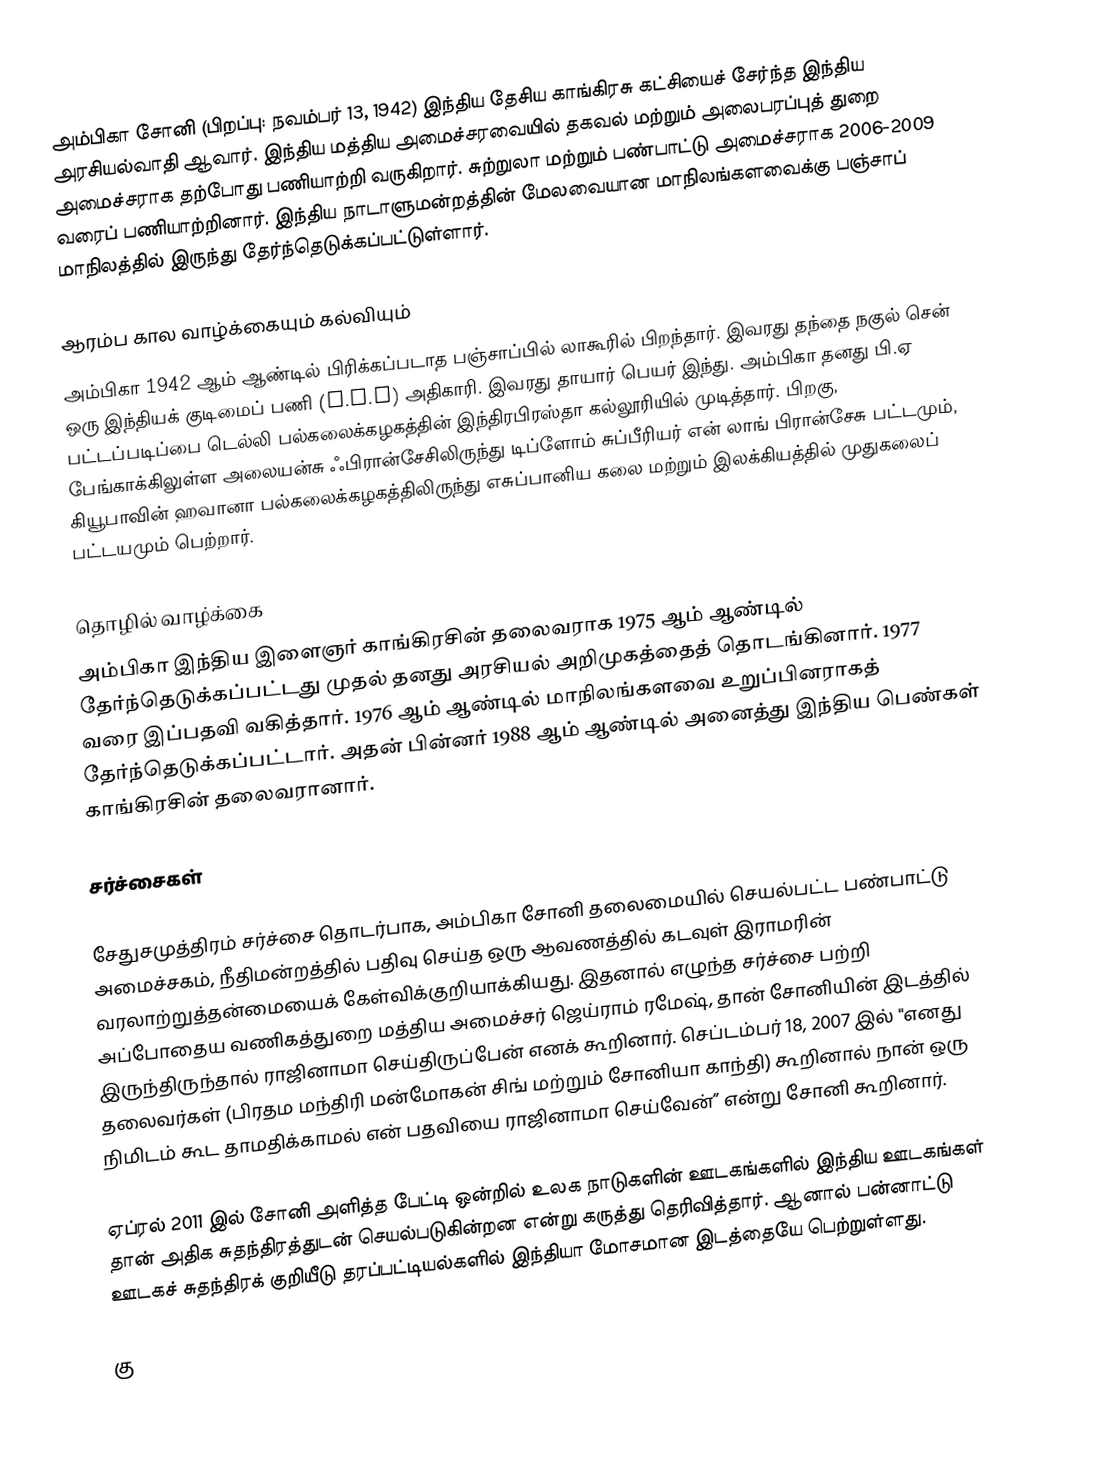
அம்பிகா சோனி (பிறப்பு: நவம்பர் 13, 1942) இந்திய தேசிய காங்கிரசு கட்சியைச் சேர்ந்த இந்திய அரசியல்வாதி ஆவார். இந்திய மத்திய அமைச்சரவையில் தகவல் மற்றும் அலைபரப்புத் துறை அமைச்சராக தற்போது பணியாற்றி வருகிறார். சுற்றுலா மற்றும் பண்பாட்டு அமைச்சராக 2006-2009 வரைப் பணியாற்றினார். இந்திய நாடாளுமன்றத்தின் மேலவையான மாநிலங்களவைக்கு பஞ்சாப் மாநிலத்தில் இருந்து தேர்ந்தெடுக்கப்பட்டுள்ளார்.

ஆரம்ப கால வாழ்க்கையும் கல்வியும்
அம்பிகா 1942 ஆம் ஆண்டில் பிரிக்கப்படாத பஞ்சாப்பில் லாகூரில் பிறந்தார். இவரது தந்தை நகுல் சென் ஒரு இந்தியக் குடிமைப் பணி (I.C.S) அதிகாரி. இவரது தாயார் பெயர் இந்து. அம்பிகா தனது பி.ஏ பட்டப்படிப்பை டெல்லி பல்கலைக்கழகத்தின் இந்திரபிரஸ்தா கல்லூரியில் முடித்தார். பிறகு, பேங்காக்கிலுள்ள அலையன்சு ஃபிரான்சேசிலிருந்து டிப்ளோம் சுப்பீரியர் என் லாங் பிரான்சேசு பட்டமும், கியூபாவின் ஹவானா பல்கலைக்கழகத்திலிருந்து எசுப்பானிய கலை மற்றும் இலக்கியத்தில் முதுகலைப் பட்டயமும் பெற்றார்.

தொழில் வாழ்க்கை
அம்பிகா இந்திய இளைஞர் காங்கிரசின் தலைவராக 1975 ஆம் ஆண்டில் தேர்ந்தெடுக்கப்பட்டது முதல் தனது அரசியல் அறிமுகத்தைத் தொடங்கினார். 1977 வரை இப்பதவி வகித்தார்.  1976 ஆம் ஆண்டில் மாநிலங்களவை உறுப்பினராகத்  தேர்ந்தெடுக்கப்பட்டார். அதன் பின்னர் 1988 ஆம் ஆண்டில் அனைத்து இந்திய பெண்கள் காங்கிரசின் தலைவரானார்.

சர்ச்சைகள்

சேதுசமுத்திரம் சர்ச்சை தொடர்பாக, அம்பிகா சோனி தலைமையில் செயல்பட்ட பண்பாட்டு அமைச்சகம், நீதிமன்றத்தில் பதிவு செய்த ஒரு ஆவணத்தில் கடவுள் இராமரின் வரலாற்றுத்தன்மையைக் கேள்விக்குறியாக்கியது. இதனால் எழுந்த சர்ச்சை பற்றி அப்போதைய வணிகத்துறை மத்திய அமைச்சர் ஜெய்ராம் ரமேஷ், தான் சோனியின் இடத்தில் இருந்திருந்தால் ராஜினாமா செய்திருப்பேன் எனக் கூறினார். செப்டம்பர் 18, 2007 இல் "எனது தலைவர்கள் (பிரதம மந்திரி மன்மோகன் சிங் மற்றும் சோனியா காந்தி) கூறினால் நான் ஒரு நிமிடம் கூட தாமதிக்காமல் என் பதவியை ராஜினாமா செய்வேன்” என்று சோனி கூறினார்.

ஏப்ரல் 2011 இல் சோனி அளித்த பேட்டி ஒன்றில் உலக நாடுகளின் ஊடகங்களில் இந்திய ஊடகங்கள் தான் அதிக சுதந்திரத்துடன் செயல்படுகின்றன என்று கருத்து தெரிவித்தார். ஆனால் பன்னாட்டு ஊடகச் சுதந்திரக் குறியீடு தரப்பட்டியல்களில் இந்தியா மோசமான இடத்தையே பெற்றுள்ளது.

கு